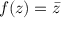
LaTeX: f ( z ) = { \bar { z } }